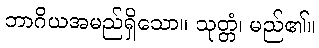
ဘာဂိယအမည်ရှိသော။ သုတ္တံ၊ မည်၏။